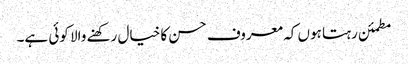
مطمئن رہتا ہوں کہ معروف حسن کا خیال رکھنے والا کوئی ہے۔